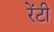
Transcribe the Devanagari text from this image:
रेंटी